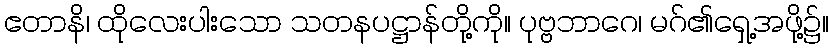
ဧတာနိ၊ ထိုလေးပါးသော သတနပဋ္ဌာန်တို့ကို။ ပုဗ္ဗဘာဂေ၊ မဂ်၏ရှေ့အဖို့၌။